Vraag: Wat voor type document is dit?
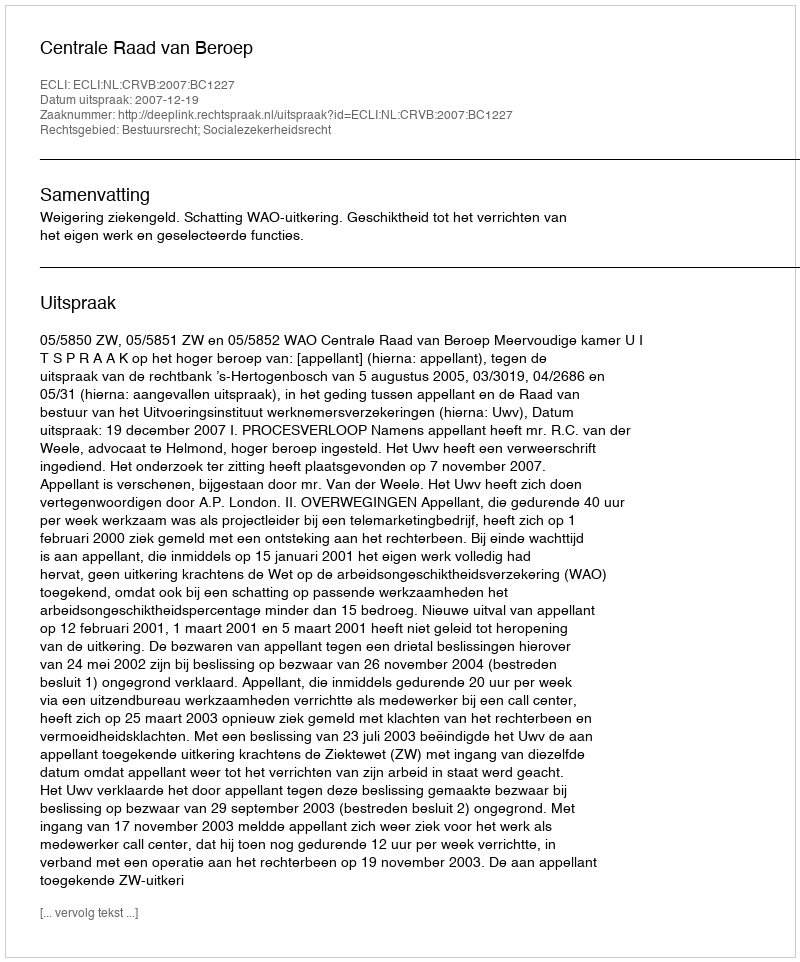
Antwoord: Uitspraak